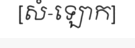
[សំ-ឡោក]